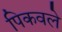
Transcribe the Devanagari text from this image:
पिकवले